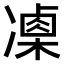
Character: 𠘍